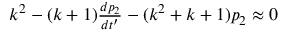
\begin{array} { r } { k ^ { 2 } - ( k + 1 ) \frac { d p _ { 2 } } { d t ^ { \prime } } - ( k ^ { 2 } + k + 1 ) p _ { 2 } \approx 0 } \end{array}